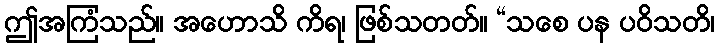
ဤအကြံသည်။ အဟောသိ ကိရ၊ ဖြစ်သတတ်။ “သစေ ပန ပဝိသတိ၊